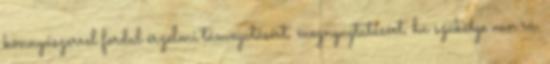
könnyűszerrel fordul érzelmi támogatásért, megnyugtatásért, ha szüksége van rá.